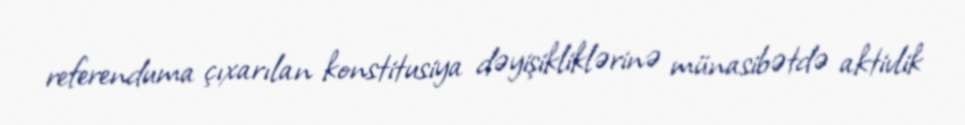
referenduma çıxarılan konstitusiya dəyişikliklərinə münasibətdə aktivlik